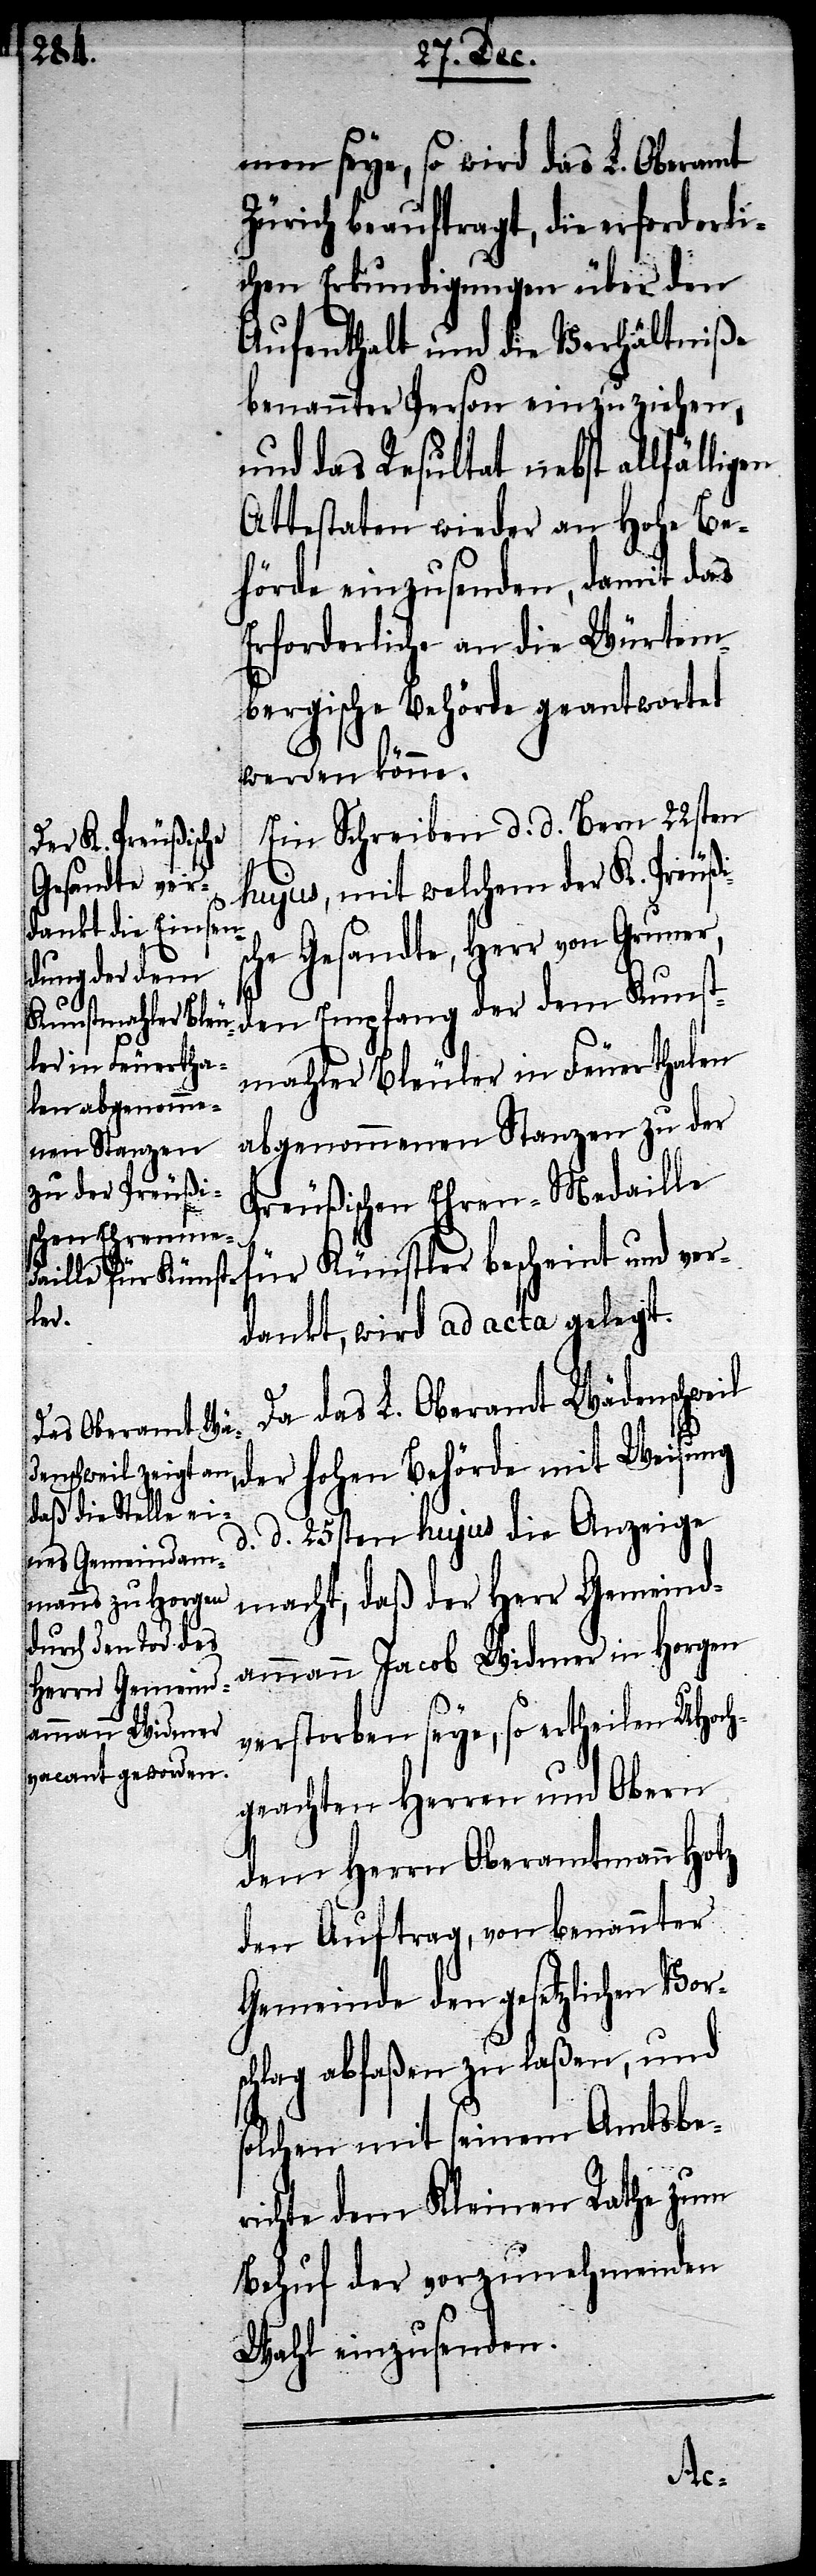
men seye, so wird das L. Oberamt
Zürich beauftragt, die erforderli¬
chen Erkundigungen über den
Aufenthalt und die Verhältniße
benannter Person einzuziehen,
und das Resultat nebst allfäl¬
Attestaten wieder an Hohe Be¬
hörde einzusenden, damit das
Erforderliche an die Würtem¬
bergische Behörde geantwortet
werden könne.
Ein Schreiben d. d. Bern 22sten
hujus, mit welchem der K. Preußis¬
che Gesandte, Herr von Gruner,
den Empfang der dem Kunst¬
mahler Bleuler in Feuerthalen
angenommenen Stanzen zu der
Preußischen Ehren-Medaille
für Künstler bescheint und ver¬
dankt, wird ad acta gelegt.
Da das L. Oberamt Wädenschwe¬
il
der Hohen Behörde mit Weisung
d. d. 25sten hujus die Anzeige
macht, daß der Herr Gemeind¬
ammann Jacob Widmer in Horgen
verstorben seye, so ertheilen UHoch¬
geachten Herren und Obern
dem Herrn Oberamtmann Holz
den Auftrag, von benannter
Gemeinde den gesetzlichen Vor¬
schlag abfaßen zu laßen, und
lchen mit seinem Amtsbe¬
richte dem Kleinen Rathe zum
Behuf der vorzunehmenden
Wahl einzusenden.
so¬